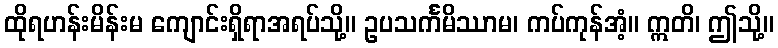
ထိုရဟန်းမိန်းမ ကျောင်းရှိရာအရပ်သို့။ ဥပသင်္ကမိဿာမ၊ ကပ်ကုန်အံ့။ ဣတိ၊ ဤသို့။